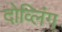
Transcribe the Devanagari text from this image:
दोव्लिंग